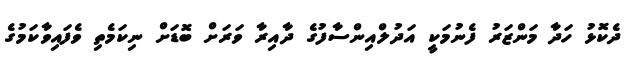
ދެކޮޅު ހަދާ މަންޒަރު ފެނުމަކީ އަދުލްއިންސާފުގެ ދާއިރާ ވަރަށް ބޮޑަށް ނިކަމެތި ވެފައިވާކަމުގެ